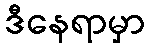
ဒီနေရာမှာ